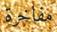
مفاخرة